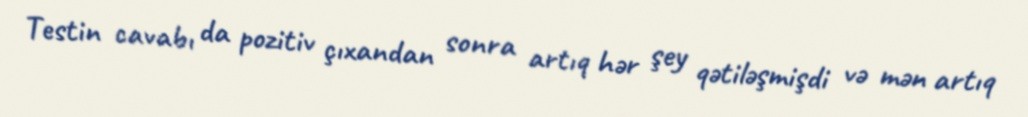
Testin cavabı da pozitiv çıxandan sonra artıq hər şey qətiləşmişdi və mən artıq